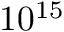
1 0 ^ { 1 5 }